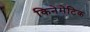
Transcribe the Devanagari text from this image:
किनेमेटिक